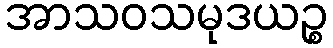
အာသဝသမုဒယဉ္စ